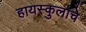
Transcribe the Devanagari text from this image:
हायस्कुलाचे